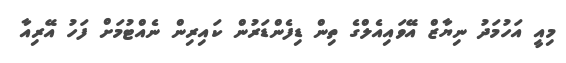
މިއީ އަހުމަދު ނިޔާޒް އޭވައިއެލްގެ ތިން ޑިފެންޑަރުން ކައިރިން ނެއްޓުމަށް ފަހު އޭރިއާ